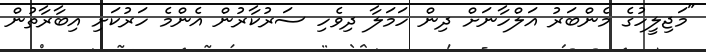
"މަޖިލީހުގެ މެންބަރު އަލްހާނަށް ދިން ހަމަލާ ދިވެހި ސަރުކާރުން އެންމެ ހަރުކަށި އިބާރާތުން